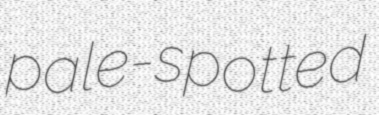
pale-spotted